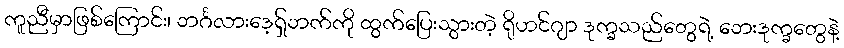
ကူညီမှာဖြစ်ကြောင်း၊ ဘင်္ဂလားဒေ့ရှ်ဘက်ကို ထွက်ပြေးသွားတဲ့ ရိုဟင်ဂျာ ဒုက္ခသည်တွေရဲ့ ဘေးဒုက္ခတွေနဲ့